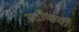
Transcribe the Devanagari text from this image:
स्टोव्हची